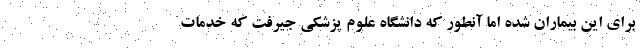
برای این بیماران شده اما آنطور که دانشگاه علوم پزشکی جیرفت که خدمات